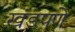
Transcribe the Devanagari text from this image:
खंडपणे